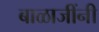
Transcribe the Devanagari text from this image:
बाळाजींनी